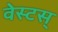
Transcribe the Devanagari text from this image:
वेस्टस्‌